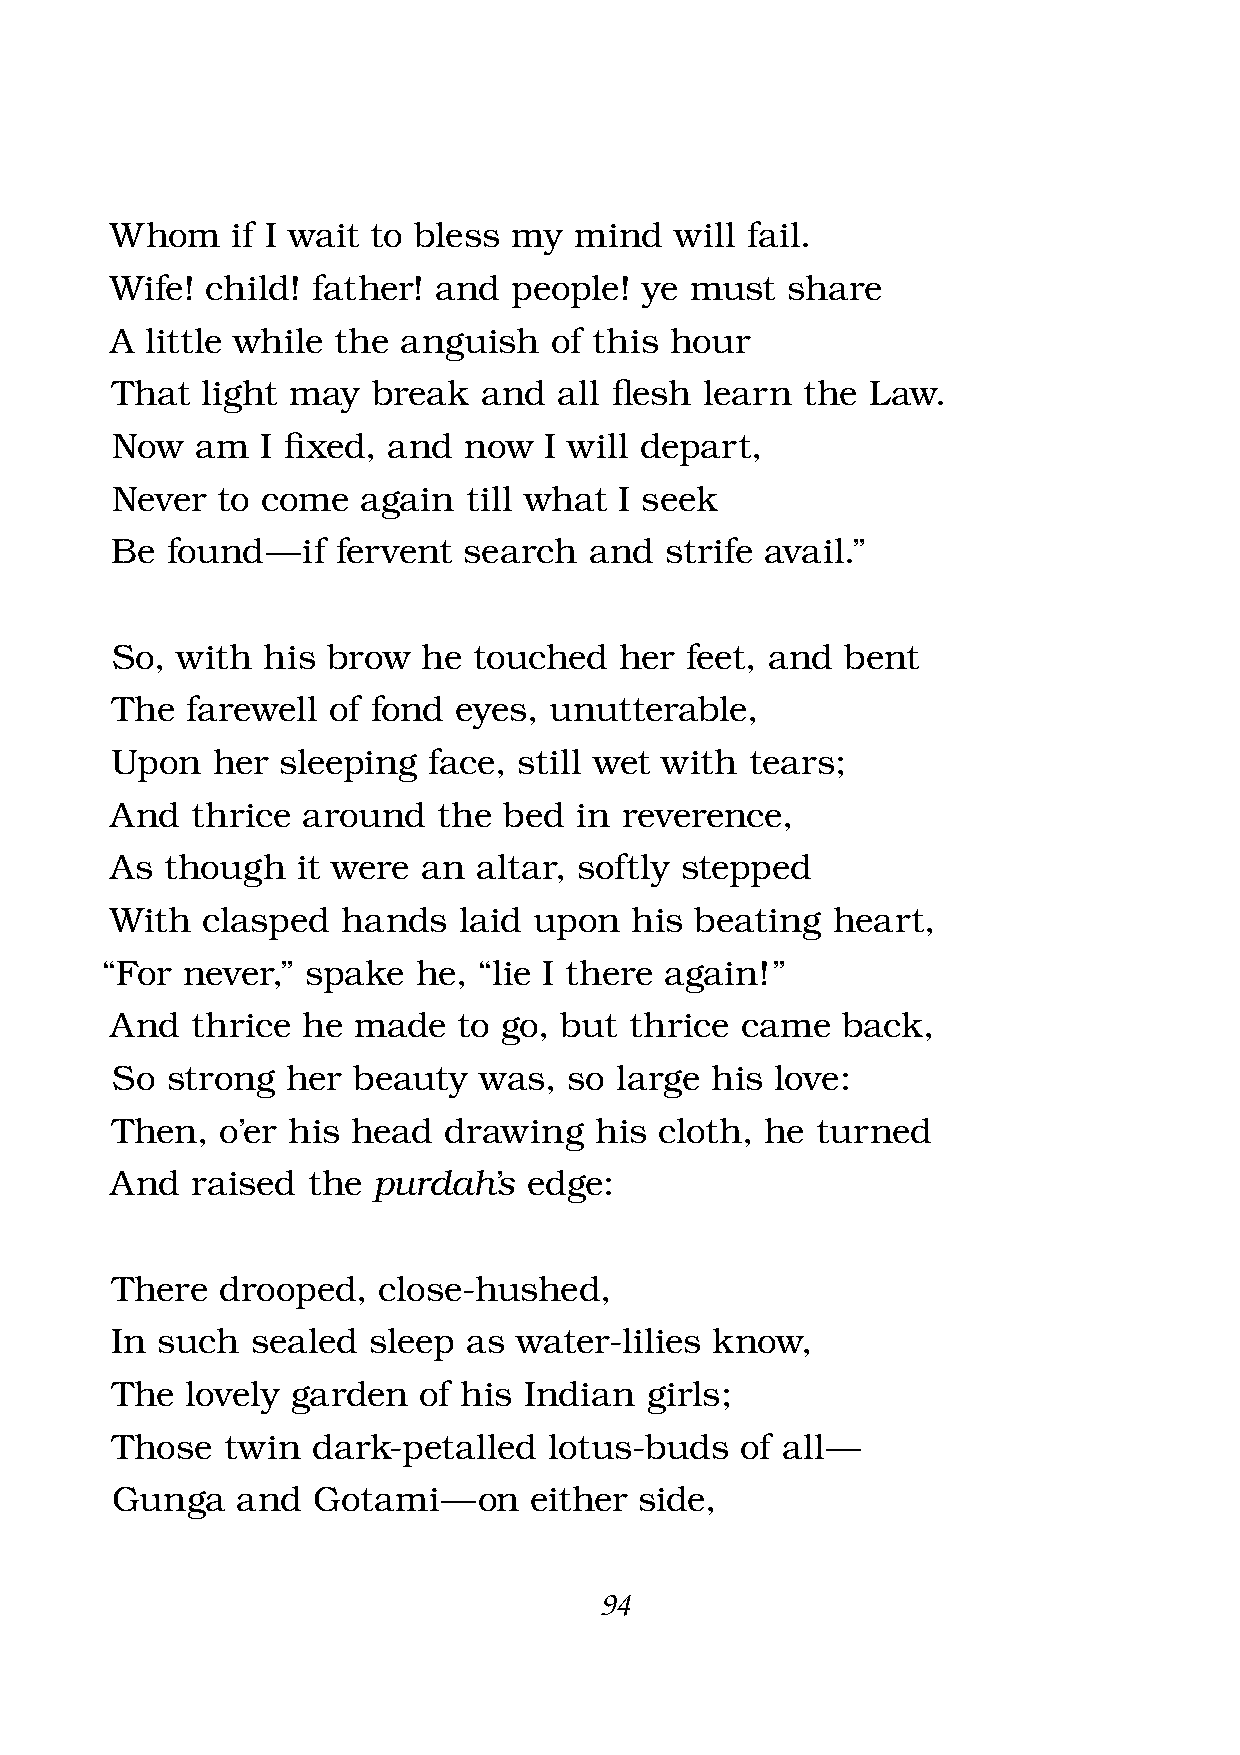
Whom    if I wait to bless my  mind   will fail.
 Wife!  child! father! and  people! ye  must  share
 A  little while the anguish  of this hour
 That  light may   break  and  all fl esh learn the Law.
 Now   am  I fi xed, and now  I will depart,
 Never  to come   again  till what I seek
 Be  found  — if fervent search  and  strife avail.”
 So,  with his  brow  he touched   her feet, and  bent
 The  farewell  of fond eyes, unutterable,
 Upon   her sleeping  face, still wet with  tears;
 And   thrice around   the bed  in reverence,
 As  though   it were an  altar, softly stepped
 With  clasped   hands  laid upon   his beating  heart,
 “For never,” spake   he, “lie I there again!”
 And   thrice he made   to go, but  thrice came   back,
 So  strong  her beauty   was,  so large his love:
 Then,   o’er his head drawing   his  cloth, he turned
 And   raised the  purdah  ’s edge:
 There  drooped,   close-hushed,
 In such   sealed sleep  as water-lilies know,
 The  lovely garden   of his Indian  girls;
 Those   twin  dark-petalled  lotus-buds   of all —
 Gunga    and  Gotami  —  on either side,
 94